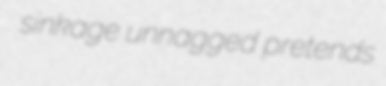
sinkage unnagged pretends